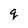
Character: g